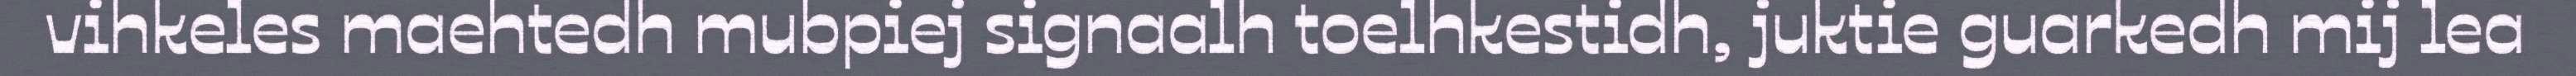
vihkeles maehtedh mubpiej signaalh toelhkestidh, juktie guarkedh mij lea